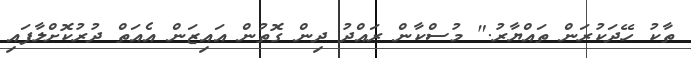
ތާކު ހޭދަކުރަން ތައްޔާރު." މުސްކާން ރައްދު ދިން ގޮތުން އައިޒަން އެއަތް ދުރުކޮށްލާފައި